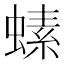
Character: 螦